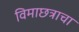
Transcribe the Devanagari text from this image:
विमाछत्राचा